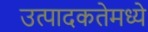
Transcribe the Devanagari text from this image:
उत्पादकतेमध्ये